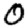
Digit: 0